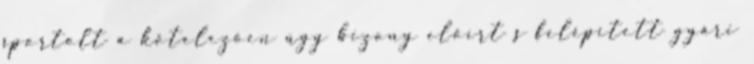
sportolt a kötelezően úgy bizony előírt s felépített gyári